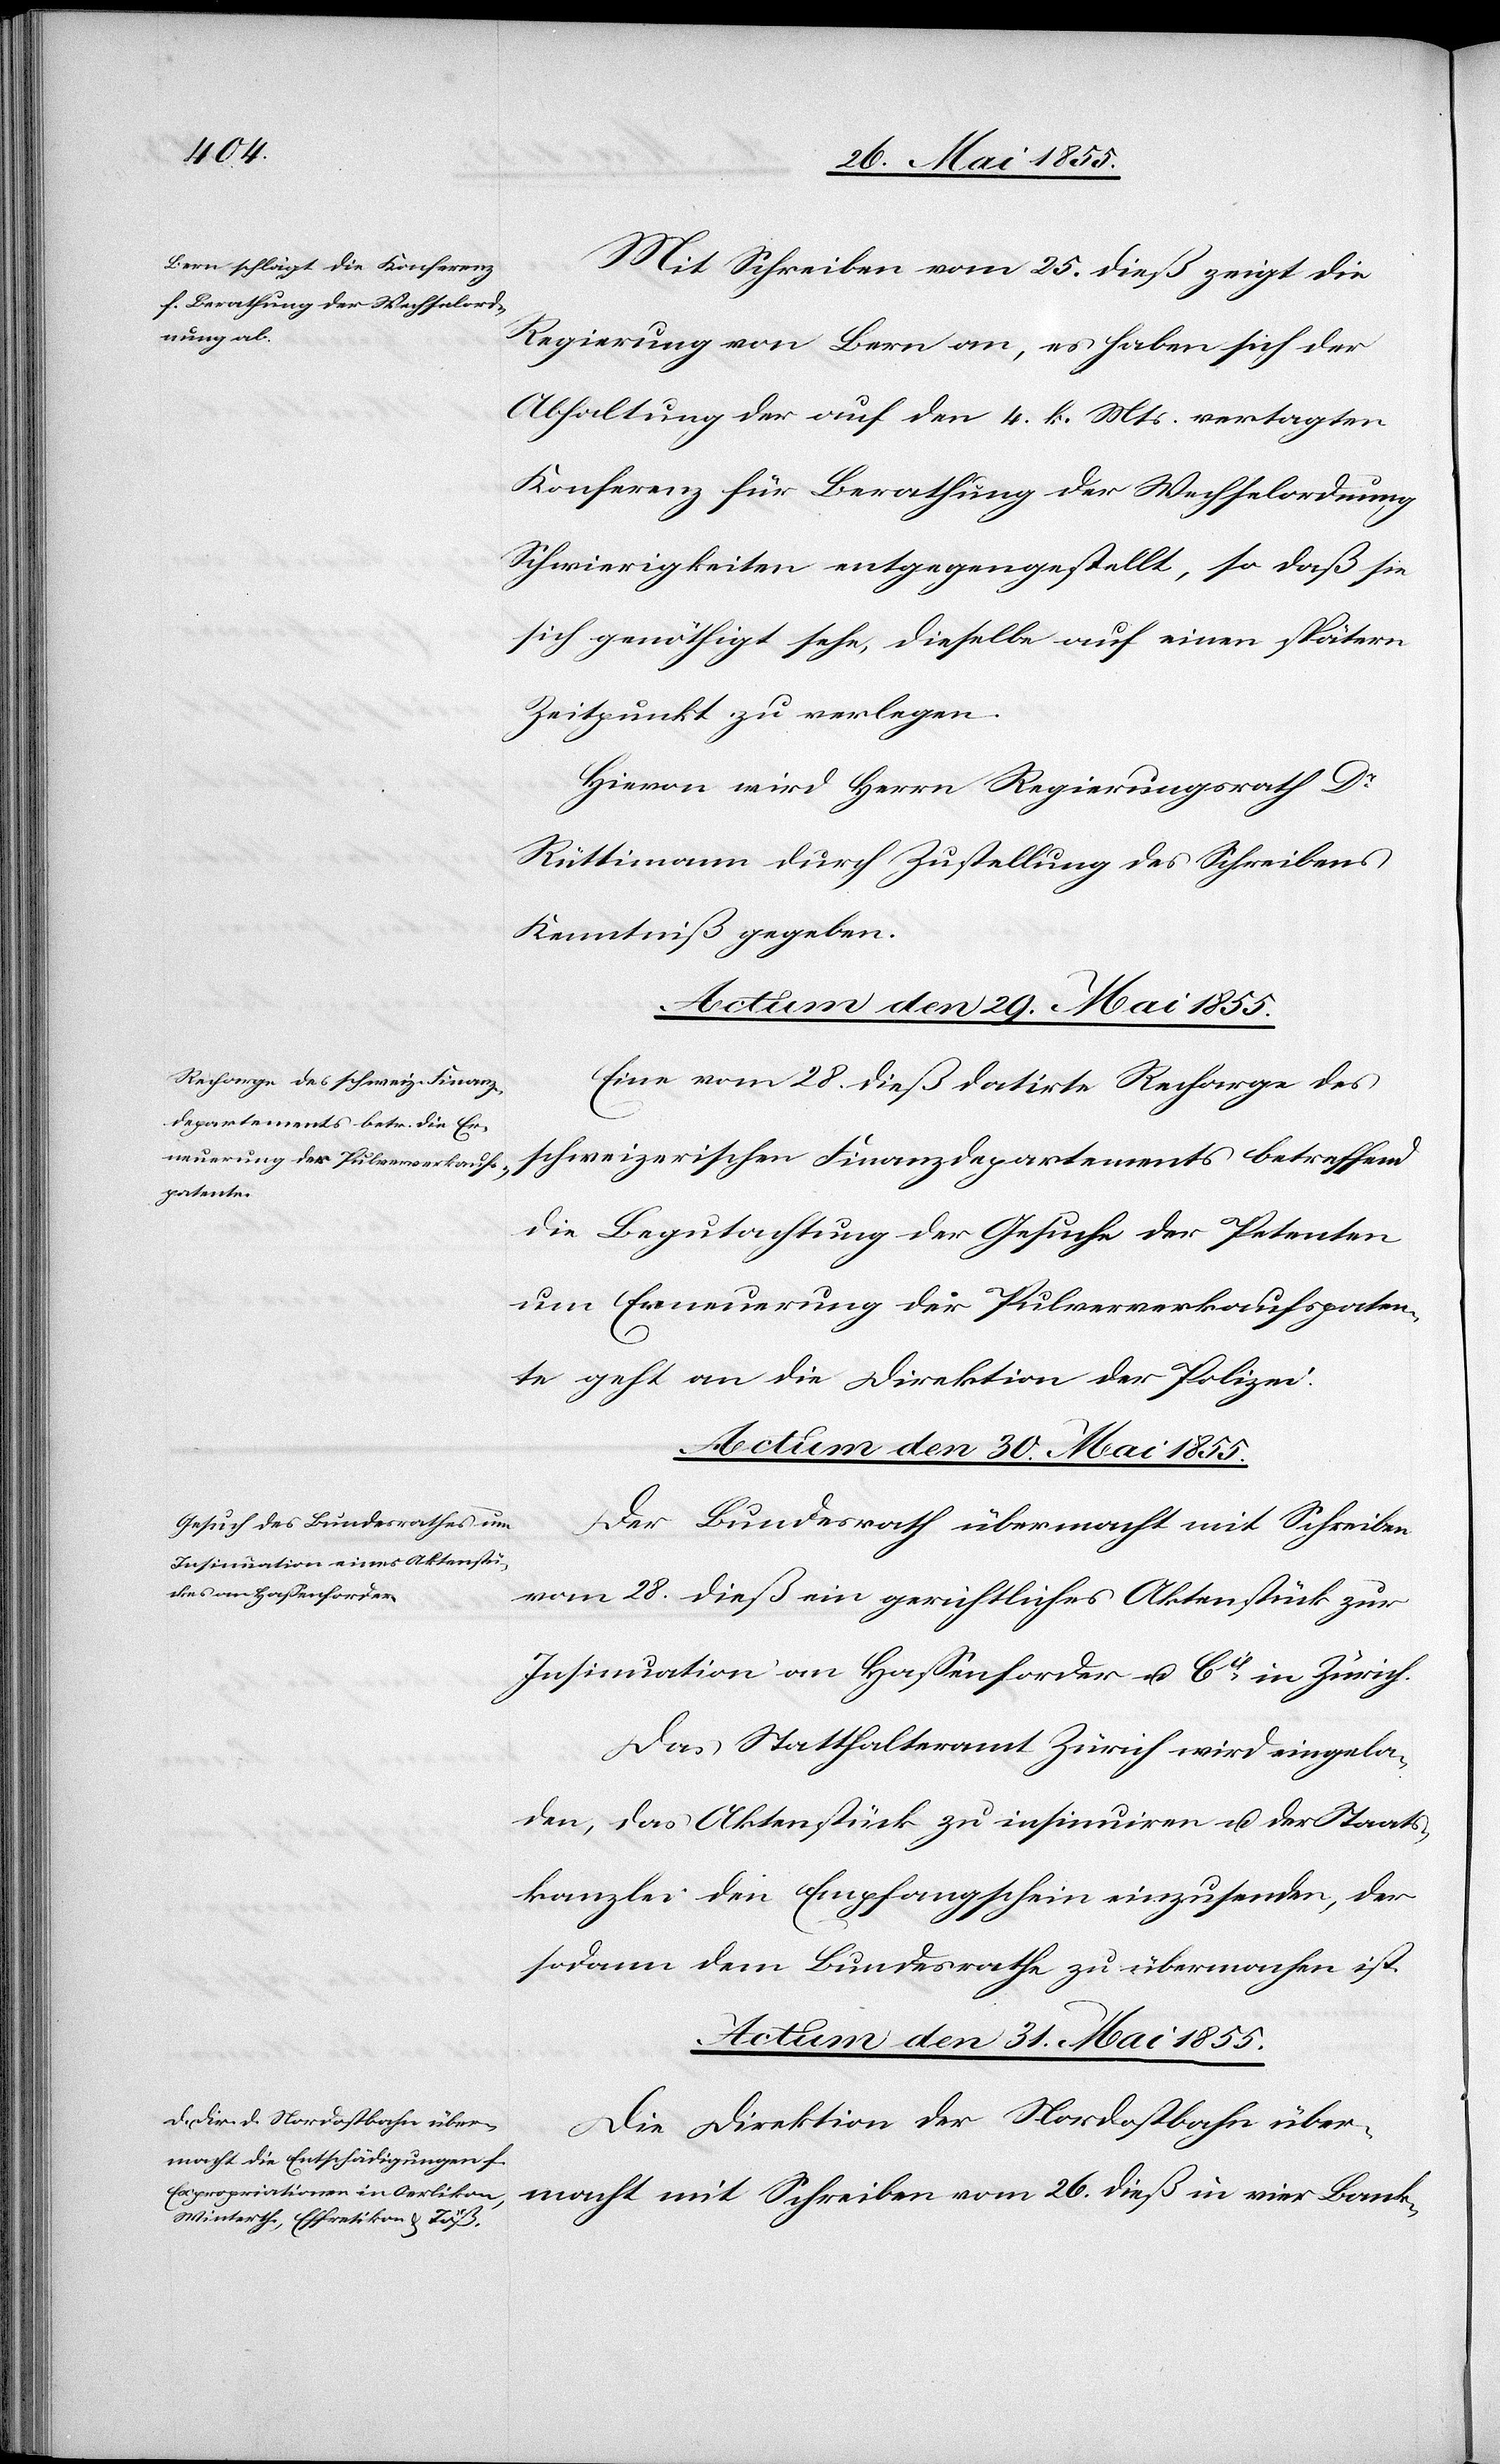
Mit Schreiben vom 25. dieß zeigt die
Regierung von Bern an, es haben sich der
Abhaltung der auf den 4. k. Mts. vertagten
Konferenz für Berathung der Wechselordnung
Schwierigkeiten entgegengestellt, so daß sie
sich genöthigt sehe, dieselbe auf einen spätern
Zeitpunkt zu verlegen.
Hievon wird Herrn Regierungsrath Dr
Rüttimann durch Zustellung des Schreibens
Kenntniß gegeben.
Eine vom 28. dieß datirte Recharge des
schweizerischen Finanzdepartements betreffend
die Begutachtung der Gesuche der Petenten
um Erneuerung der Pulververkaufspaten¬
te geht an die Direktion der Polizei.
Actum den 31. Mai 1855.
Der Bundesrath übermacht mit Schreiben
vom 28. dieß ein gerichtliches Aktenstück zur
Insinuation an Hassenforder u. Cie in Zürich.
Das Statthalteramt Zürich wird eingela¬
den, das Aktenstück zu insinuiren u. der Staats¬
kanzlei den Empfangschein einzusenden, der
sodann dem Bundesrathe zu übermachen ist.
Die Direktion der Nordostbahn über¬
macht mit Schreiben vom 26. dieß in vier Bank-